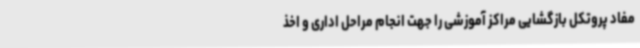
مفاد پروتکل بازگشایی مراکز آموزشی را جهت انجام مراحل اداری و اخذ